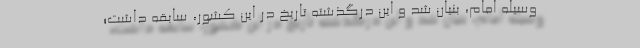
‌وسیله امام، بنیان شد و این درگذشته تاریخ در این کشور، سابقه داشت؛